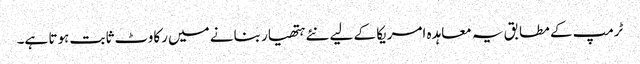
ٹرمپ کے مطابق یہ معاہدہ امریکا کے لیے نئے ہتھیار بنانے میں رکاوٹ ثابت ہوتا ہے۔